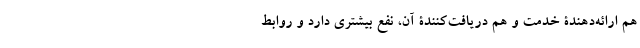
هم ارائه‌دهندۀ خدمت و هم دریافت‌کنندۀ آن، نفع بیشتری دارد و روابط